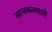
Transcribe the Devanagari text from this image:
सायकलवारी